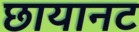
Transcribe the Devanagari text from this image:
छायानट